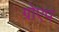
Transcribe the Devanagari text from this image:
ग्रोएप